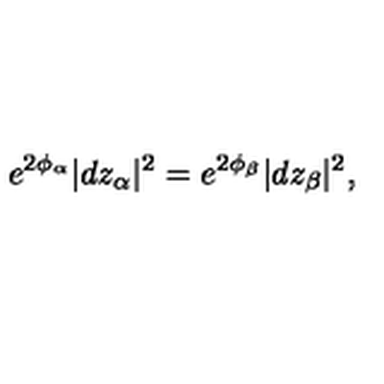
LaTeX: e ^ { 2 \phi _ { \alpha } } | d z _ { \alpha } | ^ { 2 } = e ^ { 2 \phi _ { \beta } } | d z _ { \beta } | ^ { 2 } ,